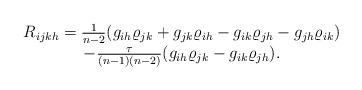
LaTeX: \begin{align*}\begin{array}{cccc}R_{ijkh}=\frac{1}{n-2}(g_{ih}\varrho_{jk}+g_{jk}\varrho_{ih}-g_{ik}\varrho_{jh}-g_{jh}\varrho_{ik})\\-\frac{\tau}{(n-1)(n-2)}(g_{ih}\varrho_{jk}-g_{ik}\varrho_{jh}).\end{array}\end{align*}